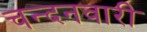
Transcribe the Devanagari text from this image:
चन्दनवारी